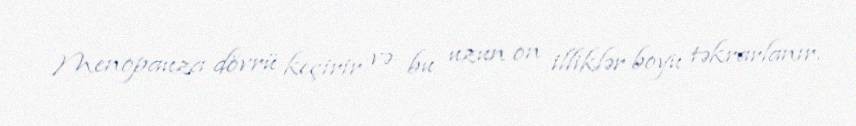
Menopauza dövrü keçirir və bu uzun on illiklər boyu təkrarlanır.